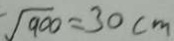
\sqrt { 9 0 0 } = 3 0 c m